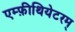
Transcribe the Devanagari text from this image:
एम्फ़ीथियेटरम्